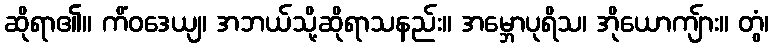
ဆိုရာ၏။ ကိံဝဒေယျ၊ အဘယ်သို့ဆိုရာသနည်း။ အမ္ဘောပုရိသ၊ အိုယောကျ်ား။ တွံ၊